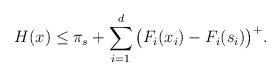
LaTeX: \begin{align*}H(x) \le \pi_s + \sum_{i=1}^d \big( F_i(x_i) - F_i(s_i) \big)^+.\end{align*}